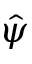
\hat { \psi }